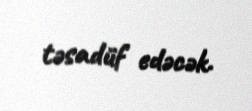
təsadüf edəcək.